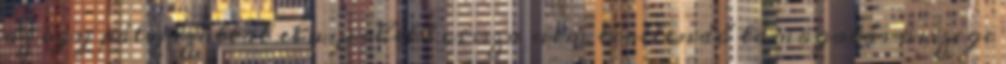
az egy pályázattal elnyerhető vissza nem térítendő támogatás összege